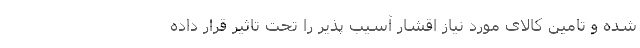
شده و تامین کالای مورد نیاز اقشار آسیب پذیر را تحت تاثیر قرار داده